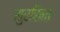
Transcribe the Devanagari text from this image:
सुरखित